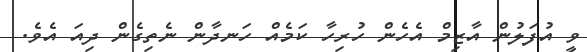
ވީ އުފަލުން އާޒިމް އެހެން ހުރިހާ ކަމެއް ހަނދާން ނެތިގެން ދިއަ އެވެ.